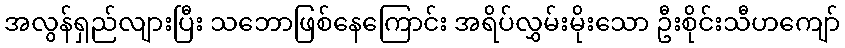
အလွန်ရှည်လျားပြီး သဘောဖြစ်နေကြောင်း အရိပ်လွှမ်းမိုးသော ဦးစိုင်းသီဟကျော်